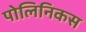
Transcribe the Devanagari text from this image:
पोलिनिकस